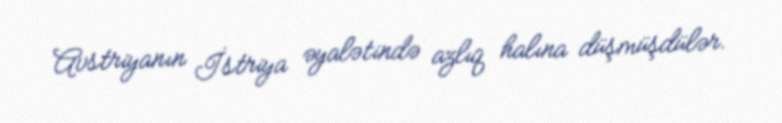
Avstriyanın İstriya əyalətində azlıq halına düşmüşdülər.